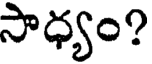
సాధ్యం?